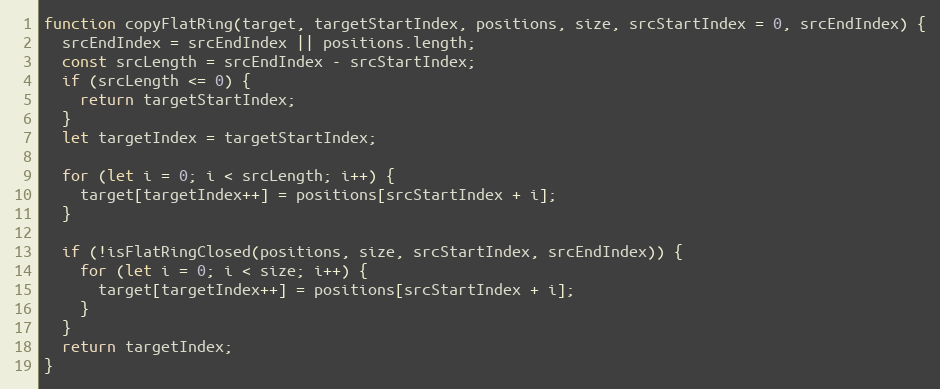
Language: JavaScript
function copyFlatRing(target, targetStartIndex, positions, size, srcStartIndex = 0, srcEndIndex) {
  srcEndIndex = srcEndIndex || positions.length;
  const srcLength = srcEndIndex - srcStartIndex;
  if (srcLength <= 0) {
    return targetStartIndex;
  }
  let targetIndex = targetStartIndex;

  for (let i = 0; i < srcLength; i++) {
    target[targetIndex++] = positions[srcStartIndex + i];
  }

  if (!isFlatRingClosed(positions, size, srcStartIndex, srcEndIndex)) {
    for (let i = 0; i < size; i++) {
      target[targetIndex++] = positions[srcStartIndex + i];
    }
  }
  return targetIndex;
}